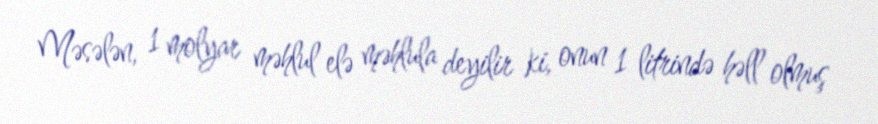
Məsələn, 1 molyar məhlul elə məhlula deyilir ki, onun 1 litrində həll olmuş